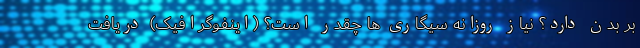
بر بدن دارد؟ نیاز روزانه سیگاری ها چقدر است؟ (اینفوگرافیک) دریافت